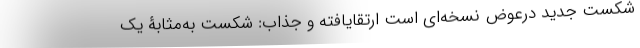
شکستِ جدید درعوض نسخه‌ای است ارتقایافته و جذاب: شکست به‌مثابۀ یک